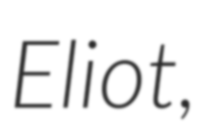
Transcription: Eliot,